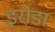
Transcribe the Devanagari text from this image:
इरोडा